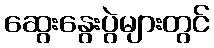
ဆွေးနွေးပွဲများတွင်